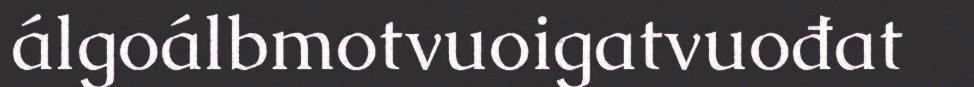
álgoálbmotvuoigatvuođat